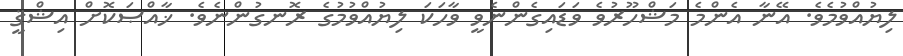
ލިޔުއްވުމެވެ. އޭނާ އެންމެ މަޝްހޫރުވެ ވަޑައިގެންނެވީ ވާހަކަ ލިޔުއްވުމުގެ ރޮނގުންނެވެ. ޚާއްޞަކޮށް އިޝްޤީ